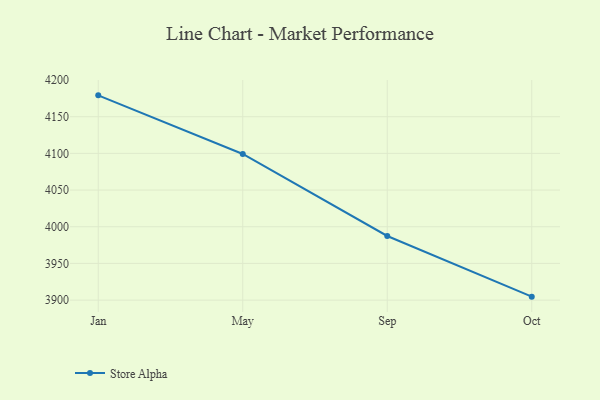
{"axis": {"x": "Month", "y": "Customer Acquisition Cost (USD)"}, "legend": ["Store Alpha"], "data": [{"x": "Jan", "y": 4179.1, "type": "Store Alpha"}, {"x": "May", "y": 4099.2, "type": "Store Alpha"}, {"x": "Sep", "y": 3987.4, "type": "Store Alpha"}, {"x": "Oct", "y": 3904.7, "type": "Store Alpha"}]}